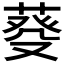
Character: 𦳠